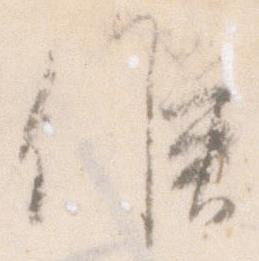
候